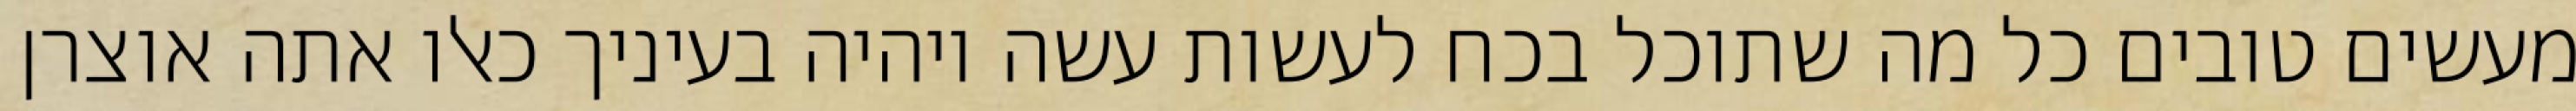
מעשים טובים כל מה שתוכל בכח לעשות עשה ויהיה בעיניך כאלו אתה אוצרן